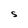
Character: S